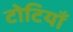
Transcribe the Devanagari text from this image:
टोटियाँ